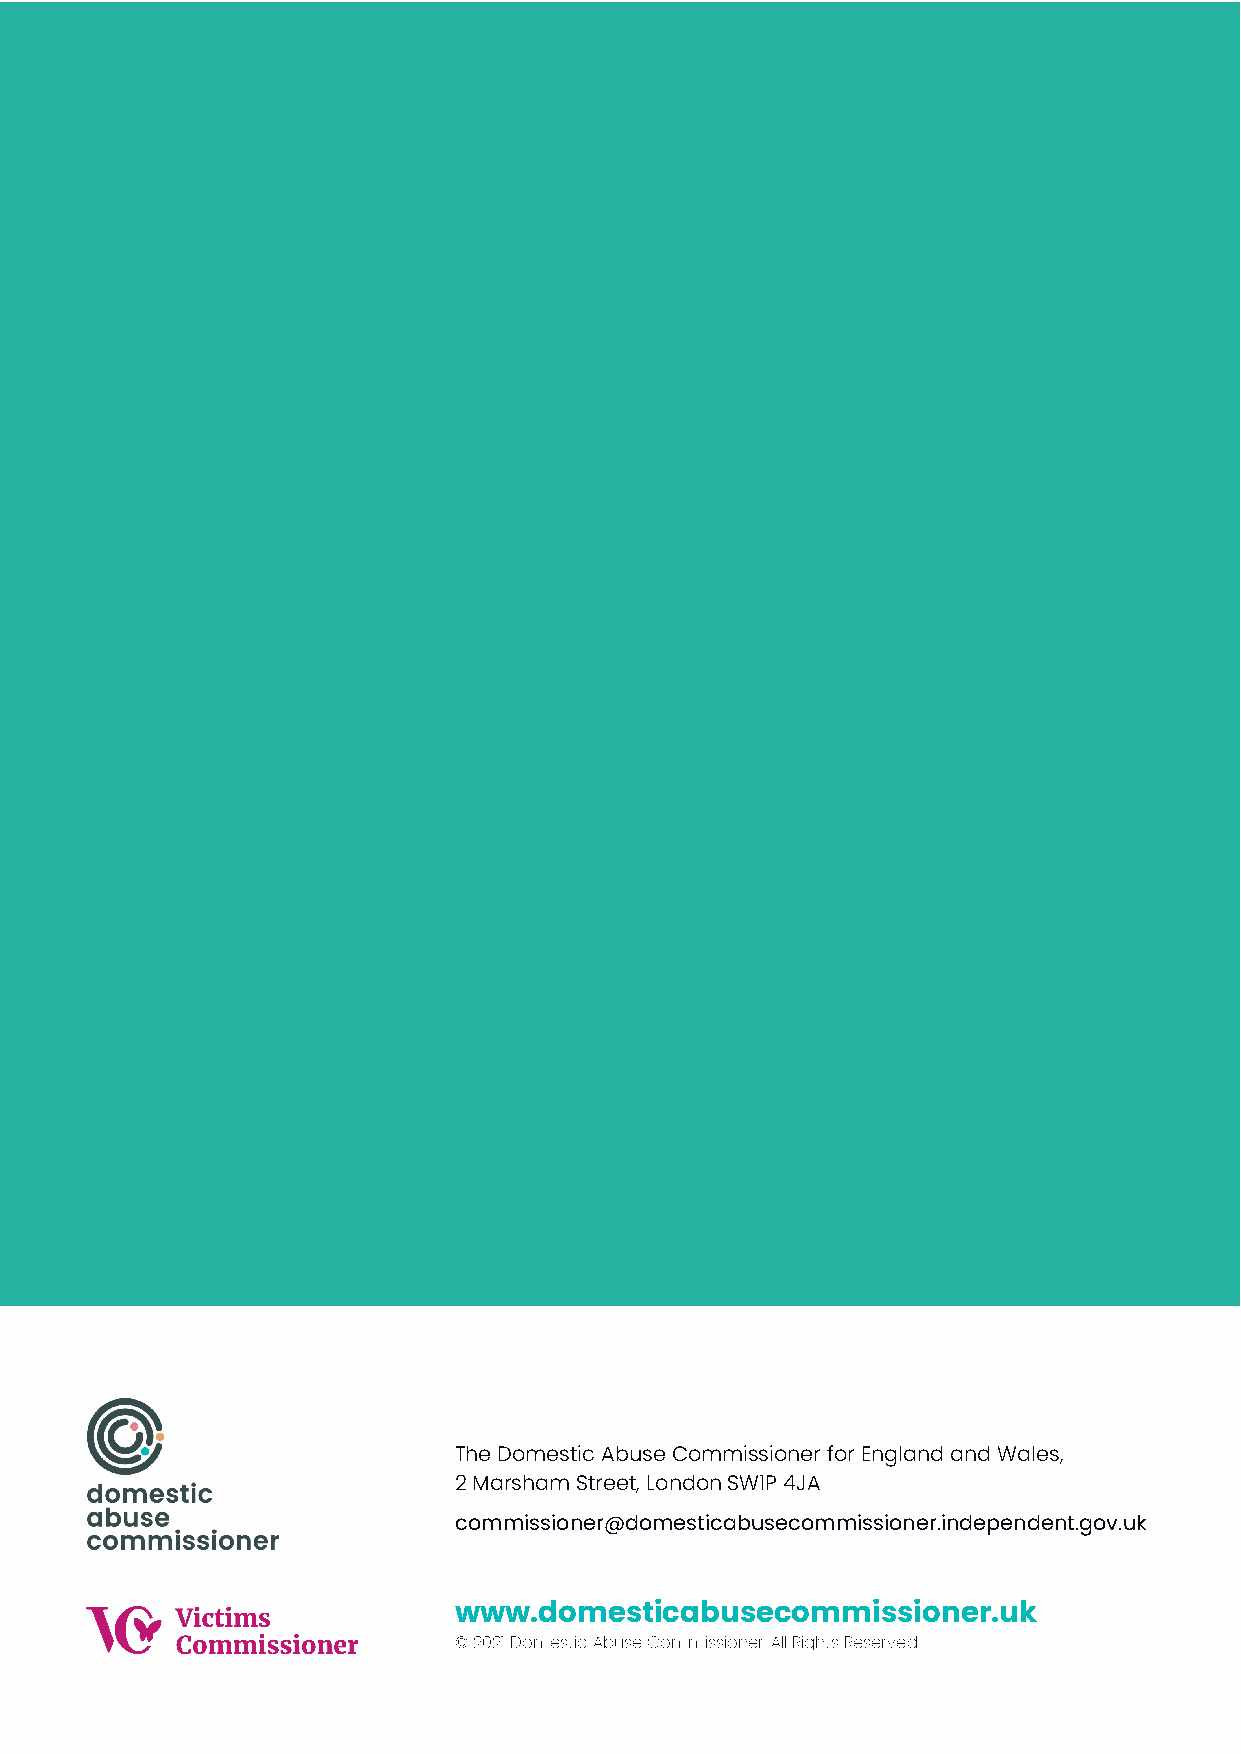
The Domestic Abuse Commissioner for England and Wales,
 2 Marsham Street, London SW1P 4JA
 commissioner@domesticabusecommissioner.independent.gov.uk
 www.domesticabusecommissioner.uk
 © 2021 Domestic Abuse Commissioner. All Rights Reserved.